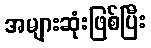
အများဆုံးဖြစ်ပြီး